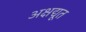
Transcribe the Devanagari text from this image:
अक्षद्यूत